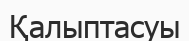
Қалыптасуы